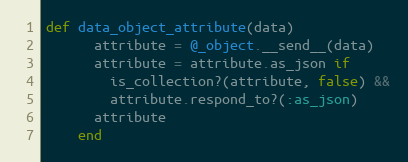
Language: Ruby
def data_object_attribute(data)
      attribute = @_object.__send__(data)
      attribute = attribute.as_json if
        is_collection?(attribute, false) &&
        attribute.respond_to?(:as_json)
      attribute
    end